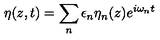
\eta ( z , t ) = \sum _ { n } \epsilon _ { n } \eta _ { n } ( z ) e ^ { i \omega _ { n } t }